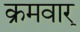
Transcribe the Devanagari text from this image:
क्रमवार्